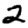
Digit: 2